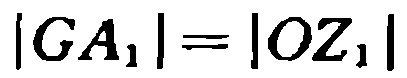
\(|GA_{1}| = |OZ_{1}|\)